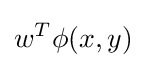
w^{T}\phi (x,y)